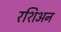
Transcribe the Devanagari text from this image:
रशिअन